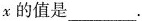
x的值是___.